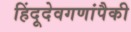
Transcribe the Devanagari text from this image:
हिंदूदेवगणांपैकी